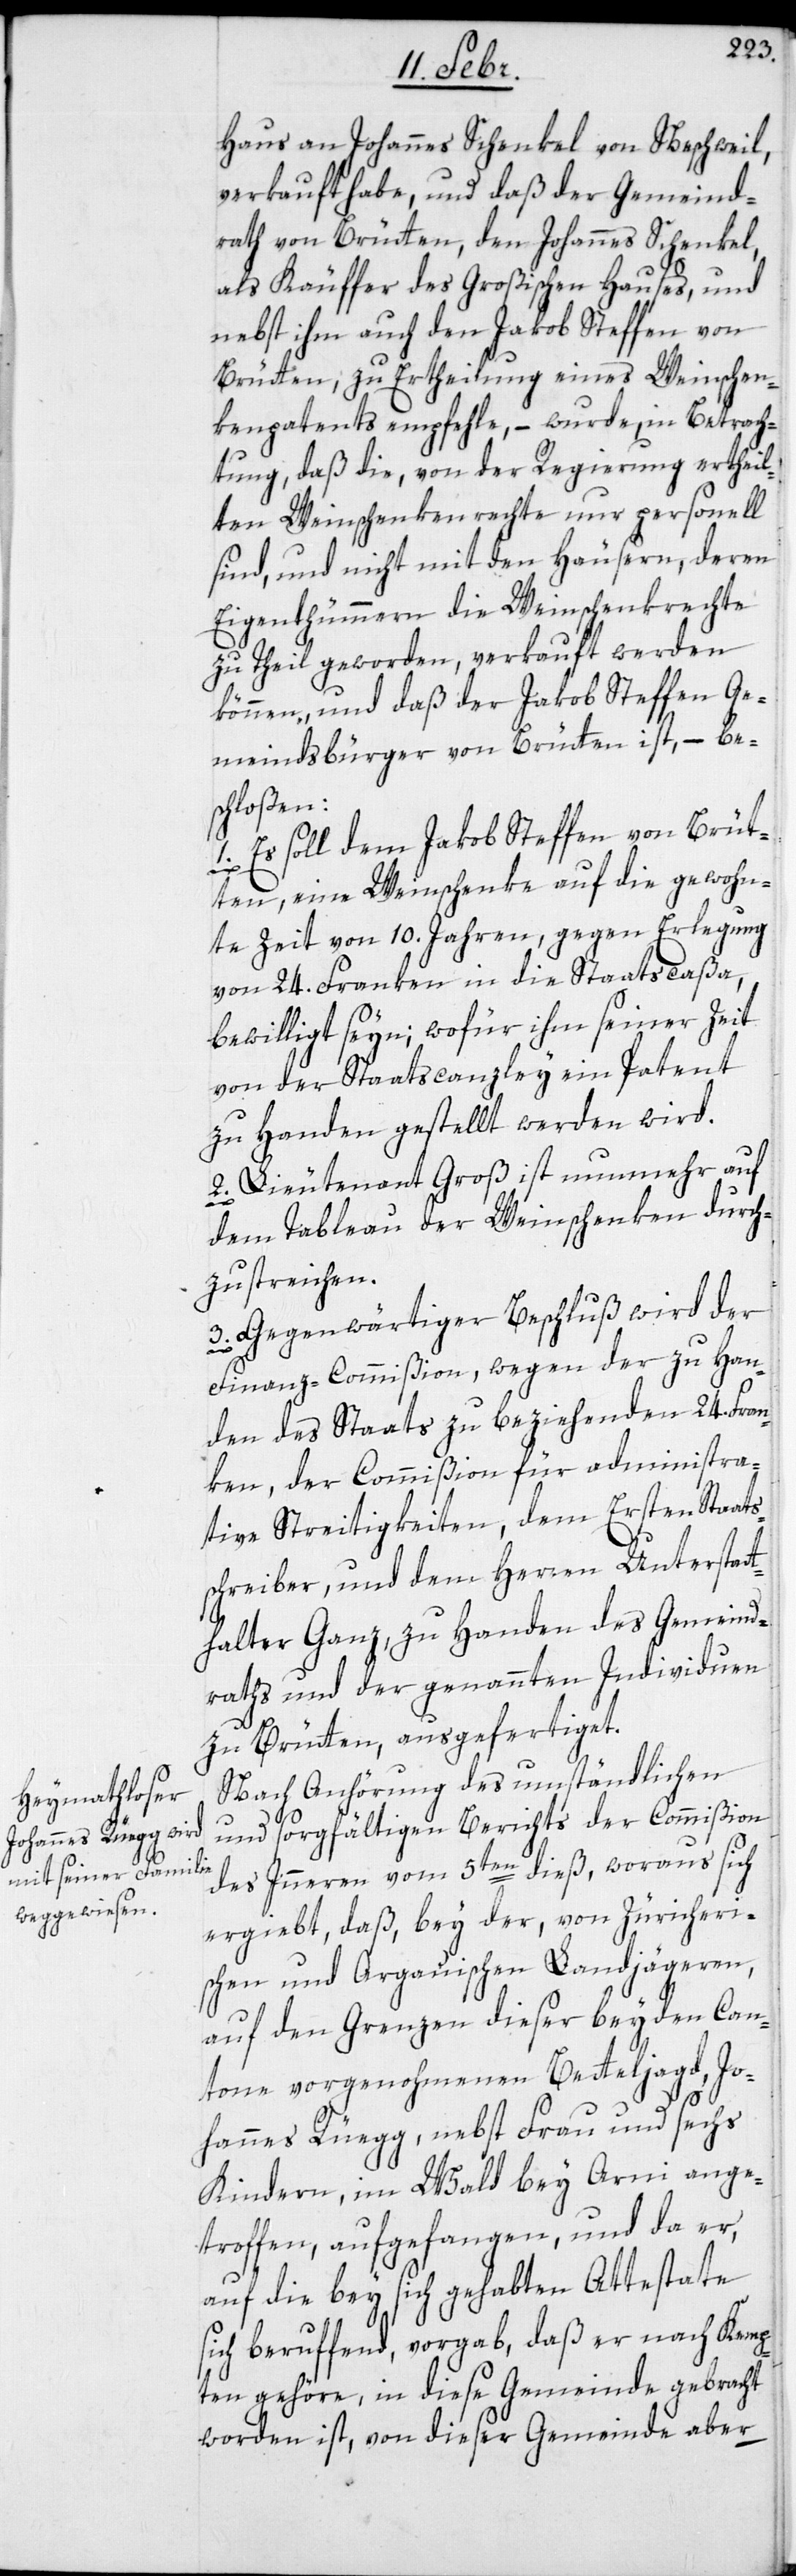
Haus an Johannes Schenkel von Neschweil,
verkauft habe, und daß der Gemeind¬
rath von Brütten, den Johannes Schenkel,
als Käuffer des Großischen Hauses, und
nebst ihm auch den Jakob Steffen von
Brütten, zu Ertheilung eines Weinschen¬
kenpatents empfehle, – wurde, in Betrach¬
tung, daß die, von der Regierung ertheil¬
ten Weinschenkenrechte nur personell
sind, und nicht mit den Häusern, deren
Eigentümmern die Weinschenkenrechte
zu Theil geworden, verkauft werden
können, und daß der Jakob Steffen Ge¬
meindsbürger von Brütten ist, – be¬
schloßen:
1. Es soll dem Jakob Steffen von Brüt¬
ten, eine Weinschenke auf die gewohn¬
te Zeit von 10. Jahren, gegen Erlegung
von 24. Franken in die Staatscaßa,
bewilligt seyn; wofür ihm seiner Zeit
von der Staatscanzley ein Patent
zu Handen gestellt werden wird.
2. Lieutenant Groß ist nunmehr auf
dem Tableau der Weinschenken durch¬
zustreichen.
3. Gegenwärtiger Beschluß wird der
Finanz-Commißion, wegen der zu Han¬
den des Staats zu beziehenden 24. Fran¬
ken, der Commißion für administra¬
tive Streitigkeiten, dem Ersten Staats¬
schreiber und dem Herren Unterstatt¬
halter Ganz, zu Handen des Gemeind¬
raths und der genannten Individuen
zu Brütten, ausgefertiget.
Nach Anhörung des umständlichen
und sorgfältigen Berichts der Commißion
des Inneren vom 5ten dieß, woraus sich
ergiebt, daß, bey der, von Zürcheri¬
schen und Argauischen Landjägeren,
auf den Grenzen dieser beyden Can¬
tone vorgenohmenen Betteljagd, Jo¬
hannes Rüegg, nebst Frau und sechs
Kindern, im Wald bey Arni ange¬
troffen, aufgefangen, und da er,
auf die bey sich gehabten Attestate
sich beruffend, vorgab, daß er nach Kemp¬
ten gehöre, in diese Gemeinde gebracht
worden ist, von dieser Gemeinde aber